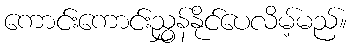
ကောင်းကောင်းညွှန်နိုင်ပေလိမ့်မည်။